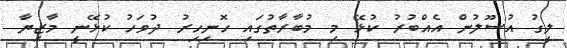
ލީގު އުސޫލުން އެއްބުރު ކުޅޭ މި މުބާރާތުގައި ހޮނިހިރު ދުވަހު ކުޅޭނީ މާޒިޔާ